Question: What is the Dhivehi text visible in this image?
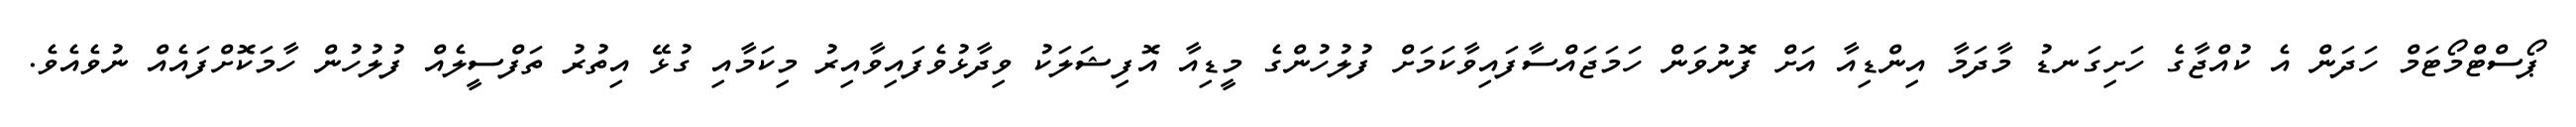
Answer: ޕޯސްޓްމޯޓަމް ހަދަން އެ ކުއްޖާގެ ހަށިގަނޑު މާދަމާ އިންޑިއާ އަށް ފޮނުވަން ހަމަޖައްސާފައިވާކަމަށް ފުލުހުންގެ މީޑިއާ އޮފިޝަލަކު ވިދާޅުވެފައިވާއިރު މިކަމާއި ގުޅޭ އިތުރު ތަފްސީލެއް ފުލުހުން ހާމަކޮށްފައެއް ނުވެއެވެ.